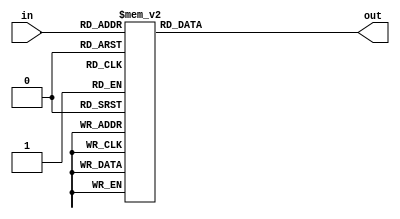
module SevenSegmentDecoder(in, out);
     input [3:0] in;
     output [6:0]out;
     reg [6:0] out;

    always @(in) begin
        case (in)
	    4'b0000 : out = 7'b1000000;
            4'b0001 : out = 7'b1001111;
            4'b0010 : out = 7'b0010010;
            4'b0011 : out = 7'b0000110;
            4'b0100 : out = 7'b0001101;
            4'b0101 : out = 7'b0100100;
            4'b0110 : out = 7'b0100000;
            4'b0111 : out = 7'b1001100;
            4'b1000 : out = 7'b0000000;
            4'b1001 : out = 7'b0000100;
	    4'b1010 : out = 7'b0001000;
	    4'b1011 : out = 7'b0100001;
	    4'b1100 : out = 7'b1110000;
	    4'b1101 : out = 7'b0000011;
	    4'b1110 : out = 7'b0110000;
	    4'b1111 : out = 7'b0111000;
            default : out = 7'b1111111;
        endcase
    end
endmodule